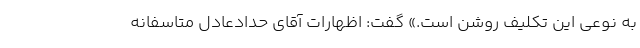
به ‌نوعی این تکلیف روشن است.» گفت: اظهارات آقای حدادعادل متاسفانه